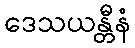
ဒေသယန္တီနံ